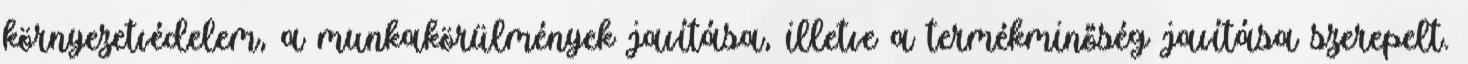
környezetvédelem, a munkakörülmények javítása, illetve a termékminőség javítása szerepelt.